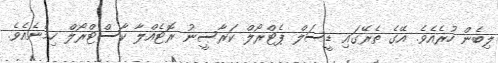
ލިބެން ހުރެއެވެ. އޭގެ ތެރޭގައި ޑީސަލް ޕެޓްރޯލް ކަރާސީނު ރޮޓެއްލާ ކާސްޓްރޯލް ހިމެނެއެވެ.